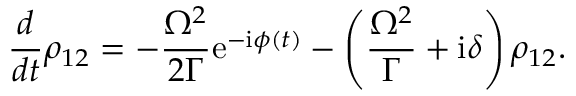
\frac { d } { d t } \rho _ { 1 2 } = - \frac { \Omega ^ { 2 } } { 2 \Gamma } \mathrm { e } ^ { - \mathrm { i } \phi ( t ) } - \left( \frac { \Omega ^ { 2 } } { \Gamma } + \mathrm { i } \delta \right) \rho _ { 1 2 } .